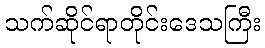
သက်ဆိုင်ရာတိုင်းဒေသကြီး